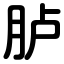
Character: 胪